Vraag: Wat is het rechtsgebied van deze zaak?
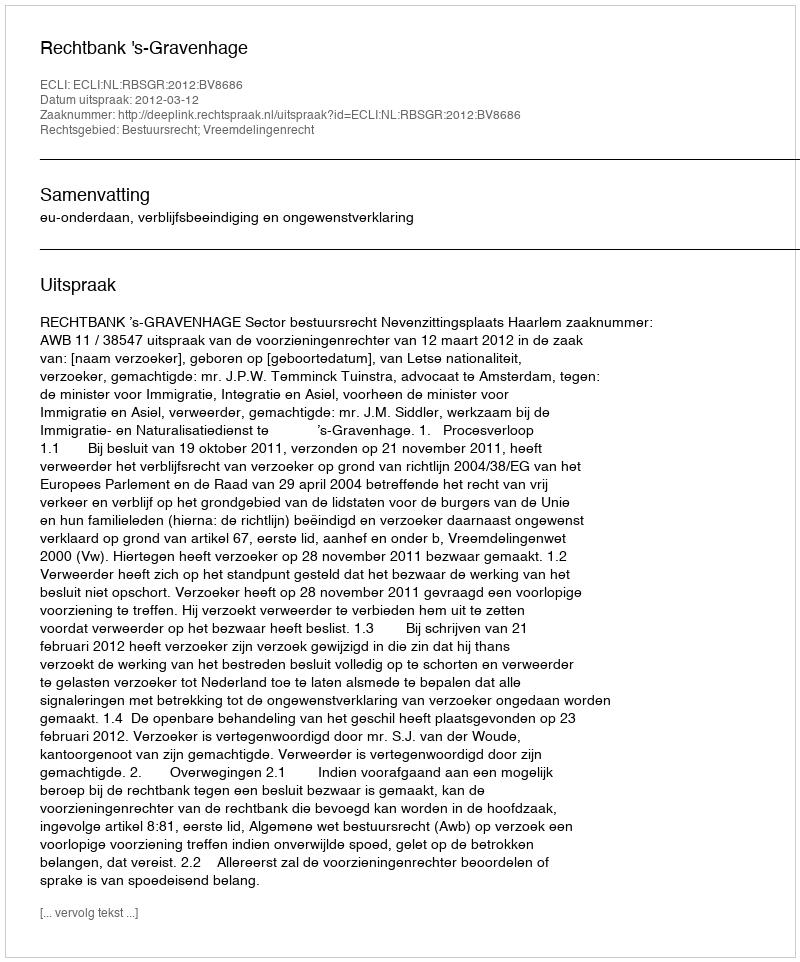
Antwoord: Bestuursrecht; Vreemdelingenrecht